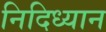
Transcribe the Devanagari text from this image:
निदिध्यान